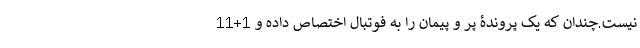
نیست.چندان که یک پروندۀ پر و پیمان را به فوتبال اختصاص داده و 1+11